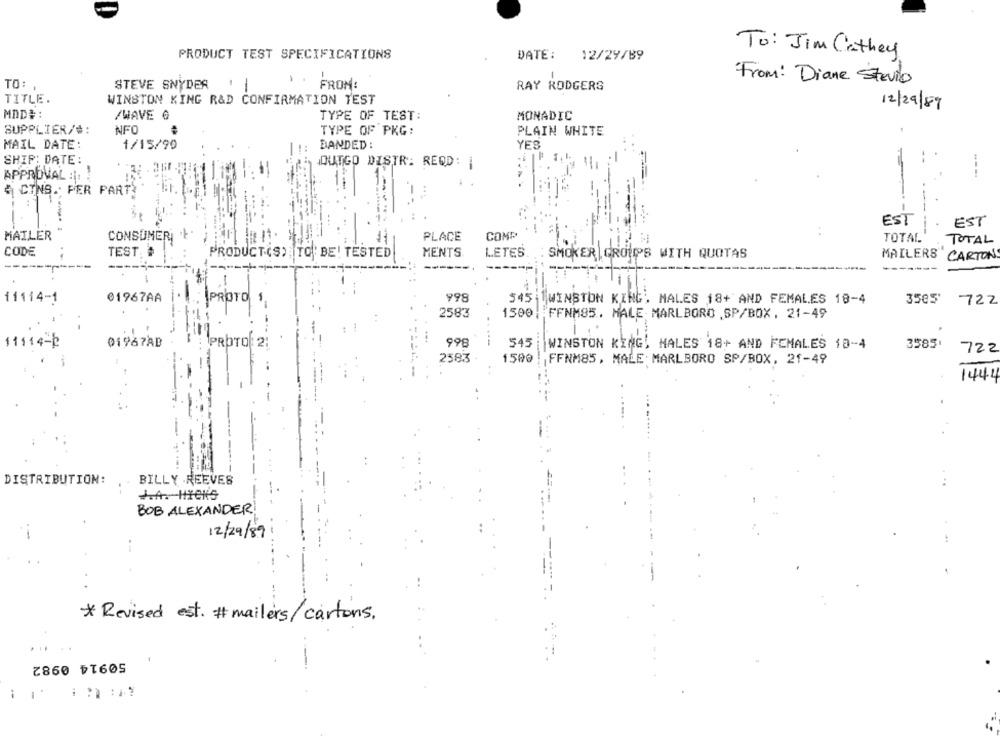
PRODUCT TEST SPECIFICATIONS
DATE :
12/29/89
To: Jim Cathey
-
From: Diane Stevie
TO: .
STEVE SNYDER
1. FROM:
RAY RODGERS
TITLE.
WINSTON KING R&D CONFIRMATION TEST
12/29/89
MDD#:
/WAVE G
TYPE OF TEST:
MONADIC
SUPPLIER/#:
NFO
TYPE OF PKG:
PLAIN WHITE
MAIL DATE:
1/15/90
BANDED :
YES
SHIP: DATE:
OUTGO DISTR: REQD:
APPROVAL :. !
---
CINS. PER PART
EST
EST
--
MAILER
CONSUMER '
PLACE
COMP
..
TOTAL
TOTAL
CODE
TEST. #
MENTS
LETES
..
PRODUCT (S) TO BE! TESTED
SMOKER GROUPS WITH QUOTAS
MAILERS
CARTON
------
----
11114-1
01967AA
PROTO
998
545 WINSTON KING, MALES 18+ AND FEMALES 18-4
3505 722
2583
1500
FFNM85. MALE MARLBORO .SP/BOX, 21-49
11114-2
01967AB
PROTO : 2:
998
545
WINSTON KING, MALES 18+ AND FEMALES 18-4
3585'
722
2583
1500 : FFNM85 , MALE MARLBORO SP/BOX, 21-49
1444
DISTRIBUTION:
BILLY REEVES
A. HICK'S
BOB ALEXANDER
12/29/89
.-
* Revised est. # mailers/ cartons.
..
50914 0982
-
-